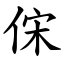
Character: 俕